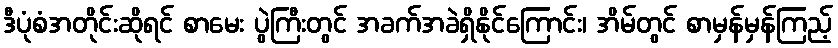
ဒီပုံစံအတိုင်းဆိုရင် စာမေး ပွဲကြီးတွင် အခက်အခဲရှိနိုင်ကြောင်း၊ အိမ်တွင် စာမှန်မှန်ကြည့်